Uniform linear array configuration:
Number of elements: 48
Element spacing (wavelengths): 0.75
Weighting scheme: binomial
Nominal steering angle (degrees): -60
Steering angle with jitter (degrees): -58.857
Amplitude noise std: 0.05
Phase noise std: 0.05

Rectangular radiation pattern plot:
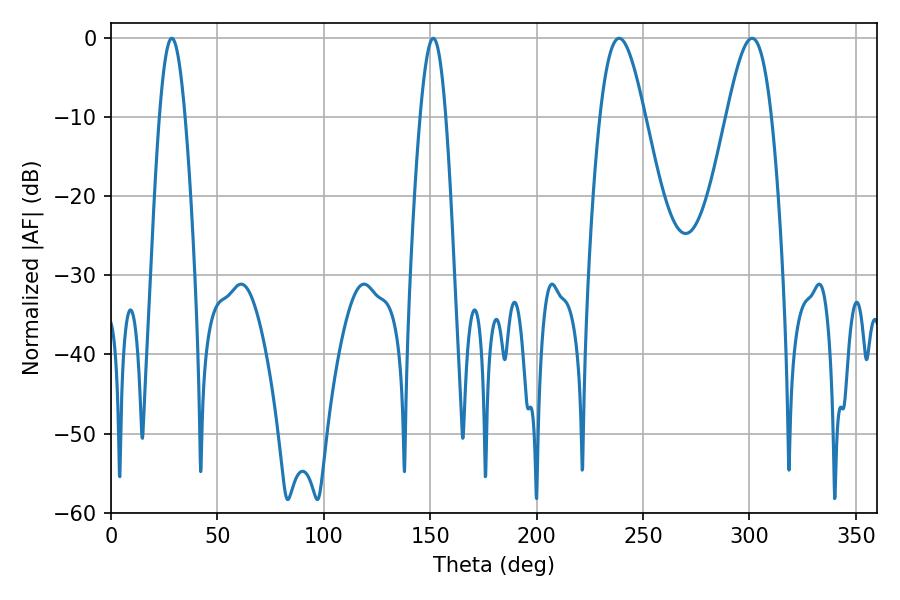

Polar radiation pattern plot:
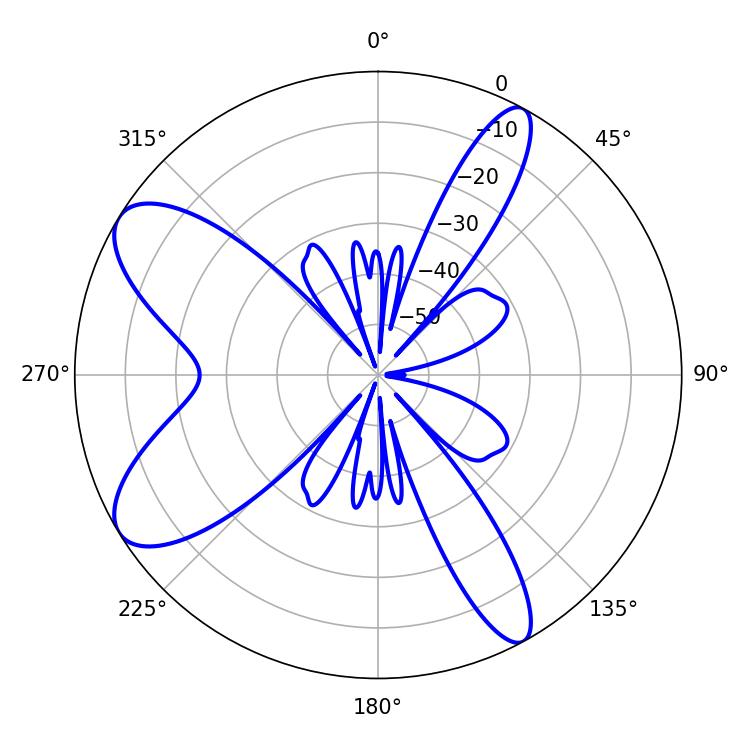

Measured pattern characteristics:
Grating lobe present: TRUE
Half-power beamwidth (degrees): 6.48
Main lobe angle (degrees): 28.62